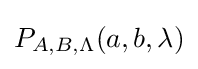
P_{A,B,\Lambda }(a,b,\lambda )